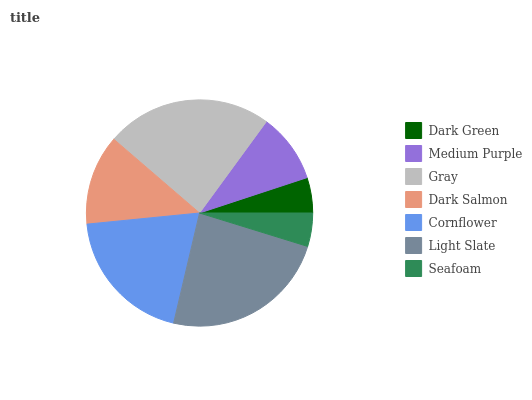
| Dark Green | Medium Purple | Gray | Dark Salmon | Cornflower | Light Slate | Seafoam |
 | --- | --- | --- | --- | --- | --- | --- |
 | 5.06% | 9.91% | 23.7% | 12.9% | 19.7% | 23.9% | 4.78% |